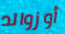
أوزوالد